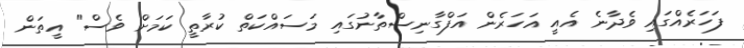
ފަހަރެއްގައި ވެދާނެ އެއީ އަހަރެން އަފްގާނިސްތާނުގައި މަސައްކަތް ކުރާތީ ކަމަށް ވެސް" އީތަން